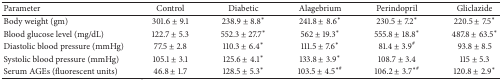
<table><thead><tr><td><b>Parameter </b></td><td><b>Control </b></td><td><b>Diabetic </b></td><td><b>Alagebrium</b></td><td><b>Perindopril</b></td><td><b>Gliclazide</b></td></tr></thead><tbody><tr><td>Body weight (gm)</td><td>301.6 ± 9.1 </td><td>238.9 ± 8.8<sup><i>∗</i></sup></td><td>241.8 ± 8.6<sup><i>∗</i></sup></td><td>230.5 ± 7.2<sup><i>∗</i></sup></td><td>220.5 ± 7.5<sup><i>∗</i></sup></td></tr><tr><td>Blood glucose level (mg/dL)</td><td>122.7 ± 5.3 </td><td>552.3 ± 27.7<sup><i>∗</i></sup></td><td>562 ± 19.3<sup><i>∗</i></sup></td><td>555.8 ± 18.8<sup><i>∗</i></sup></td><td>487.8 ± 63.5<sup><i>∗</i></sup></td></tr><tr><td>Diastolic blood pressure (mmHg)</td><td>77.5 ± 2.8 </td><td>110.3 ± 6.4<sup><i>∗</i></sup></td><td>111.5 ± 7.6<sup><i>∗</i></sup></td><td>81.4 ± 3.9<sup>#</sup></td><td>93.8 ± 8.5</td></tr><tr><td>Systolic blood pressure (mmHg)</td><td>105.1 ± 3.1 </td><td>125.6 ± 4.1<sup><i>∗</i></sup></td><td>133.8 ± 3.9<sup><i>∗</i></sup></td><td>108.7 ± 3.4</td><td>115 ± 5.3</td></tr><tr><td>Serum AGEs (fluorescent units)</td><td>46.8 ± 1.7 </td><td>128.5 ± 5.3<sup><i>∗</i></sup></td><td>103.5 ± 4.5<sup><i>∗</i>#</sup></td><td>106.2 ± 3.7<sup><i>∗</i>#</sup></td><td>120.8 ± 2.9<sup><i>∗</i></sup></td></tr></tbody></table>